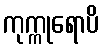
ကုက္ကုရောပိ